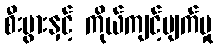
စီးပွားနှင့် ကိုယ်ကျင့်ပျက်မှု